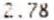
2.78